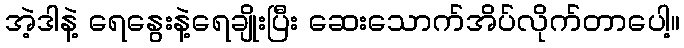
အဲ့ဒါနဲ့ ရေနွေးနဲ့ရေချိုးပြီး ဆေးသောက်အိပ်လိုက်တာပေါ့။